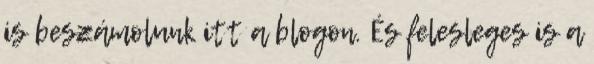
is beszámolunk itt a blogon. És felesleges is a